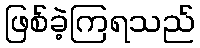
ဖြစ်ခဲ့ကြရသည်